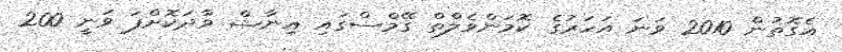
އެގޮތުން 2010 ވަނަ އަހަރުގެ ކޮމަންވެލްތް ގޭމްސްގައި އިނާޝް ވާދަކޮށްފަ ވަނީ 200